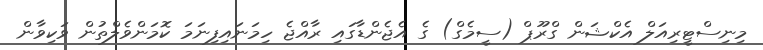
މިނިސްޓީރިއަލް އެކްޝަން ގްރޫޕް (ސީމެގް) ގެ އެޖެންޑާގައި ރާއްޖެ ހިމަނައިފިނަމަ ކޮމަންވެލްތުން ވަކިވާން